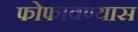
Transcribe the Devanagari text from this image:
फोफावण्यास